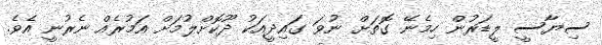
ސިޔާސީ ލީޑަރުން ހިމެނޭ ގޮތަށް ނުވަ ގައިދީއަކު ދޫކޮށްލުމަށް އަމުރެއް ނެރުނީ އެވެ.